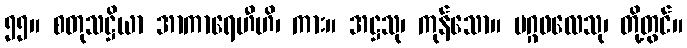
၅၅။ စတုသဋ္ဌိယာ အာကာရေဟီဟိ၊ ကား။ အဋ္ဌသု၊ ကုန်သော။ မဂ္ဂဖလေသု၊ တို့တွင်။